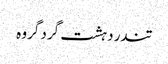
تندر دہشت گرد گروہ